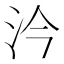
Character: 汵